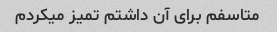
متاسفم برای آن داشتم تمیز میکردم